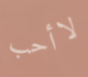
لاأحب